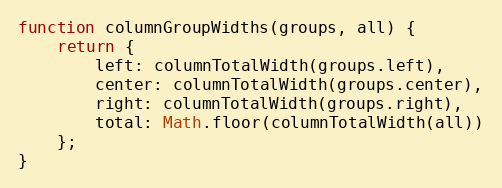
Language: JavaScript
function columnGroupWidths(groups, all) {
    return {
        left: columnTotalWidth(groups.left),
        center: columnTotalWidth(groups.center),
        right: columnTotalWidth(groups.right),
        total: Math.floor(columnTotalWidth(all))
    };
}